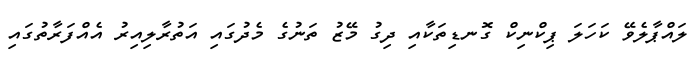
ލައްޕާލެވޭ ކަހަލަ ޕިކްނިކް ގޮނޑިތަކާއި ދިގު މޭޒު ތަނުގެ މެދުގައި އަތުރާލިއިރު އެއްފަރާތުގައި